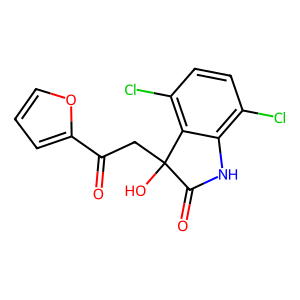
SMILES: O=C(CC1(O)C(=O)Nc2c(Cl)ccc(Cl)c21)c1ccco1
Inhibits HIV replication: No